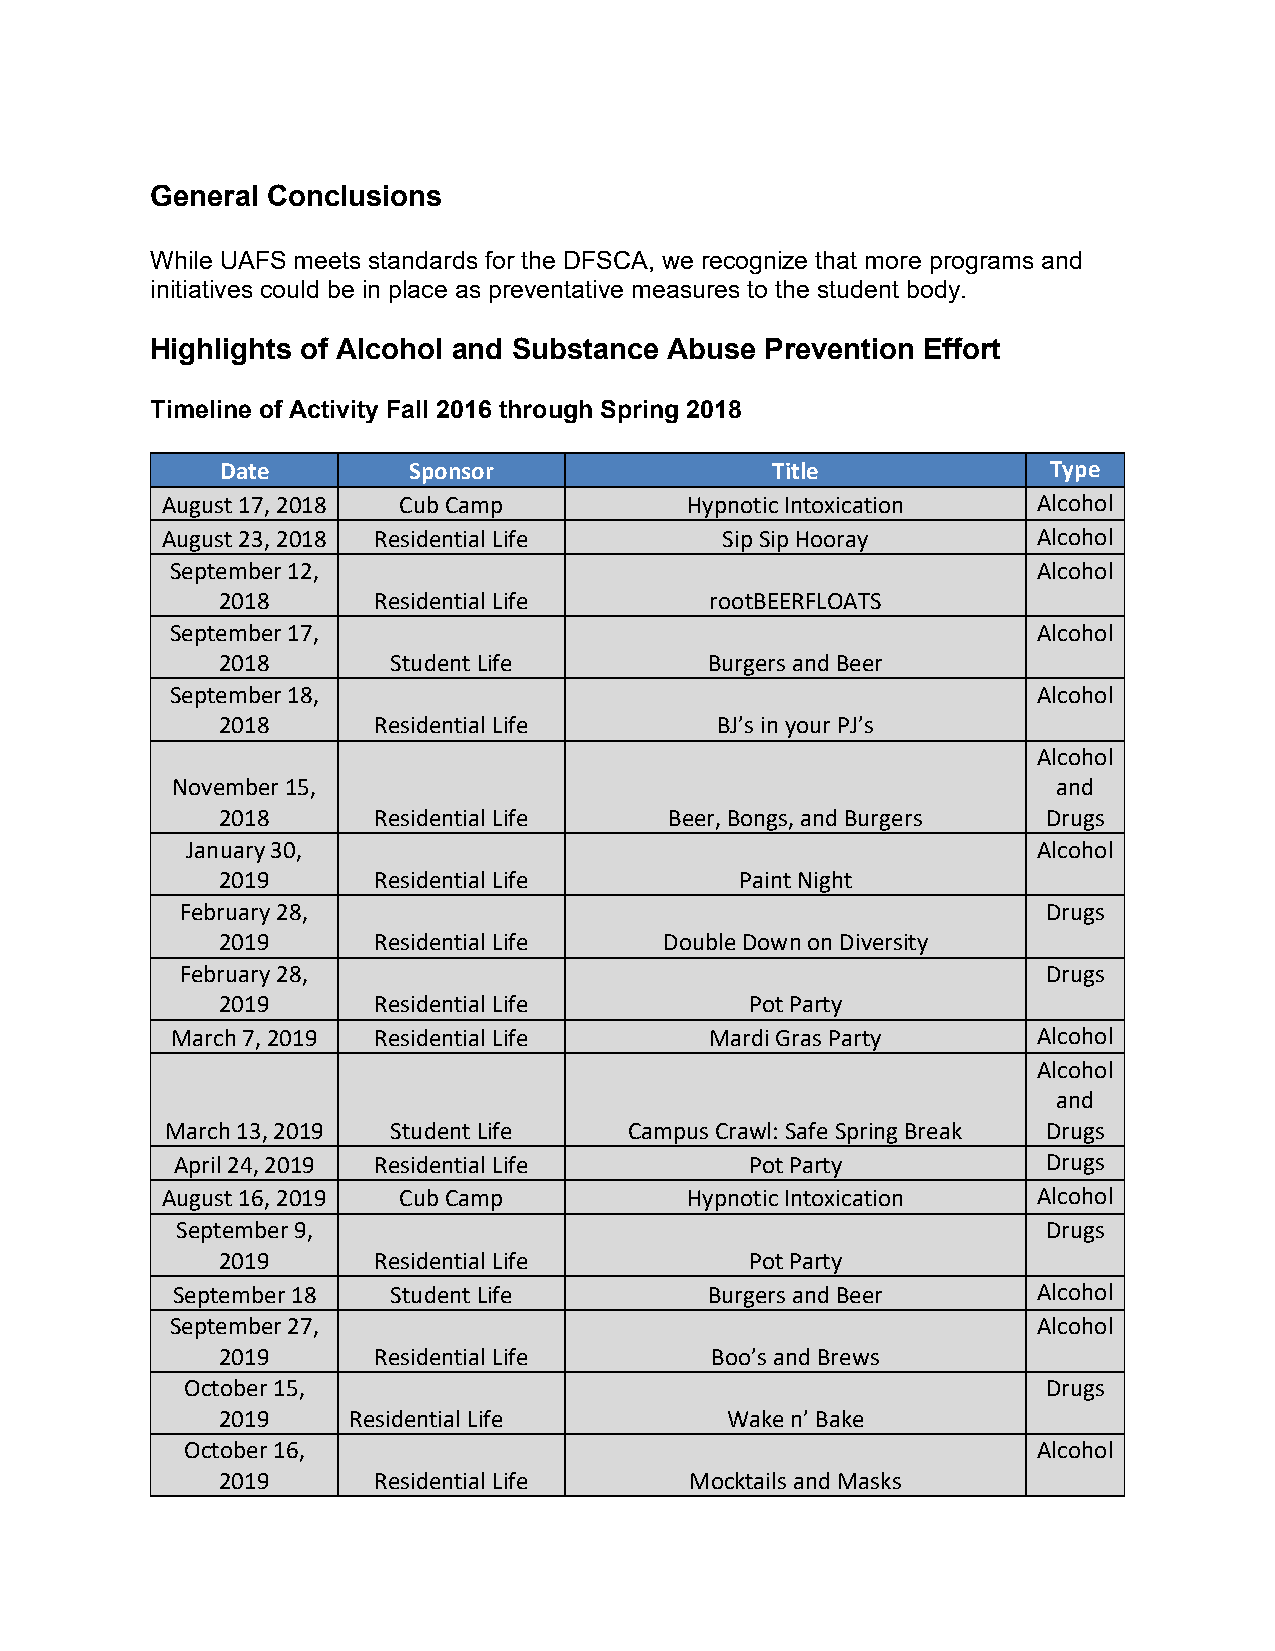
General Conclusions
 While UAFS meets standards for the DFSCA, we recognize that more programs and
 initiatives could be in place as preventative measures to the student body.
 Highlights of Alcohol and Substance Abuse Prevention Effort
 Timeline of Activity Fall 2016 through Spring 2018
 Date        Sponsor                 Title              Type
 August 17, 2018 Cub Camp          Hypnotic Intoxication   Alcohol
 August 23, 2018 Residential Life     Sip Sip Hooray       Alcohol
 September 12,                                             Alcohol
 2018       Residential Life      rootBEERFLOATS
 September 17,                                             Alcohol
 2018        Student Life         Burgers and Beer
 September 18,                                             Alcohol
 2018       Residential Life      BJ’s in your PJ’s
 Alcohol
 November 15,                                               and
 2018       Residential Life   Beer, Bongs, and Burgers Drugs
 January 30,                                              Alcohol
 2019       Residential Life        Paint Night
 February 28,                                             Drugs
 2019       Residential Life   Double Down on Diversity
 February 28,                                             Drugs
 2019       Residential Life         Pot Party
 March 7, 2019 Residential Life      Mardi Gras Party      Alcohol
 Alcohol
 and
 March 13, 2019 Student Life    Campus Crawl: Safe Spring Break Drugs
 April 24, 2019 Residential Life       Pot Party          Drugs
 August 16, 2019 Cub Camp          Hypnotic Intoxication   Alcohol
 September 9,                                             Drugs
 2019       Residential Life         Pot Party
 September 18   Student Life         Burgers and Beer      Alcohol
 September 27,                                             Alcohol
 2019       Residential Life      Boo’s and Brews
 October 15,                                              Drugs
 2019     Residential Life         Wake n’ Bake
 October 16,                                              Alcohol
 2019       Residential Life     Mocktails and Masks